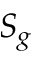
S _ { g }